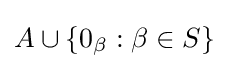
A\cup \{0_{\beta }:\beta \in S\}